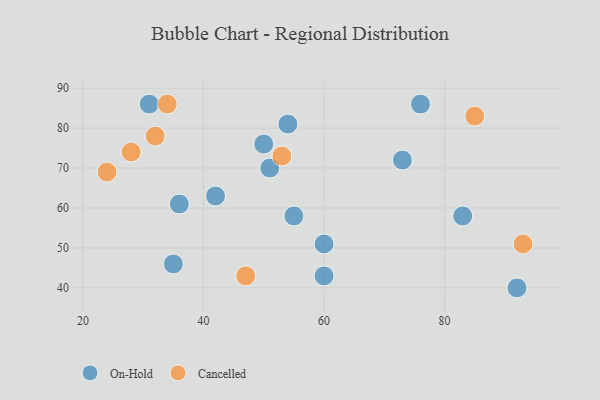
{"axis": {"x": "GDP", "y": "Life Expectancy"}, "legend": ["Cancelled", "On-Hold"], "data": [{"x": "54", "y": 81, "type": "On-Hold"}, {"x": "36", "y": 61, "type": "On-Hold"}, {"x": "92", "y": 40, "type": "On-Hold"}, {"x": "51", "y": 70, "type": "On-Hold"}, {"x": "73", "y": 72, "type": "On-Hold"}, {"x": "55", "y": 58, "type": "On-Hold"}, {"x": "31", "y": 86, "type": "On-Hold"}, {"x": "50", "y": 76, "type": "On-Hold"}, {"x": "35", "y": 46, "type": "On-Hold"}, {"x": "60", "y": 51, "type": "On-Hold"}, {"x": "60", "y": 43, "type": "On-Hold"}, {"x": "83", "y": 58, "type": "On-Hold"}, {"x": "42", "y": 63, "type": "On-Hold"}, {"x": "76", "y": 86, "type": "On-Hold"}, {"x": "32", "y": 78, "type": "Cancelled"}, {"x": "47", "y": 43, "type": "Cancelled"}, {"x": "24", "y": 69, "type": "Cancelled"}, {"x": "53", "y": 73, "type": "Cancelled"}, {"x": "85", "y": 83, "type": "Cancelled"}, {"x": "34", "y": 86, "type": "Cancelled"}, {"x": "28", "y": 74, "type": "Cancelled"}, {"x": "93", "y": 51, "type": "Cancelled"}]}